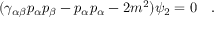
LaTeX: ( \gamma _ { \alpha \beta } p _ { \alpha } p _ { \beta } - p _ { \alpha } p _ { \alpha } - 2 m ^ { 2 } ) \psi _ { 2 } = 0 \quad .